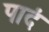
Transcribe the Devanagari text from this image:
पादं